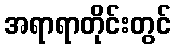
အရာရာတိုင်းတွင်